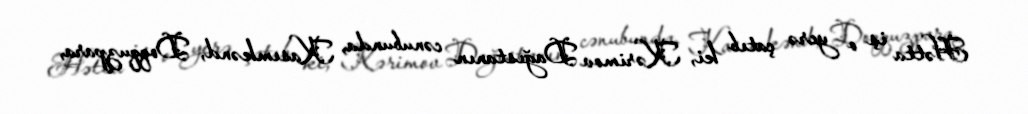
Hətta iş o yerə çatıb ki, Kərimov Dağıstanın cənubunda, Kasımkənd, Doqquzpara,